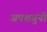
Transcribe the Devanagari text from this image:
अपशगुनी